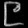
Digit: ၉